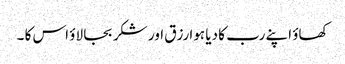
کھاؤ اپنے رب کا دیا ہوا رزق اور شکر بجا لاؤ اس کا ۔